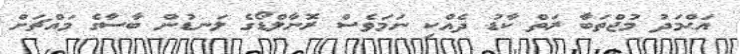
އަޙްމަދު މުޖްތަބާ ރަތް ކާޑު ދެއްކި ނަމަވެސް ރޮނާލްޑޯގެ ލަނޑުން ބާސާގެ މައްޗަށް